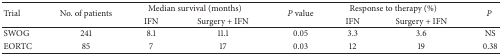
| <ROWSPAN=2> Trial | <ROWSPAN=2> No. of patients | <COLSPAN=2> Median survival (months) | <ROWSPAN=2> P value | <COLSPAN=2> Response to therapy (%) | <ROWSPAN=2> P |
 | IFN | Surgery + IFN | IFN | Surgery + IFN |
 | --- | --- | --- | --- | --- | --- | --- | --- |
 | SWOG | 241 | 8.1 | 11.1 | 0.05 | 3.3 | 3.6 | NS |
 | EORTC | 85 | 7 | 17 | 0.03 | 12 | 19 | 0.38 |